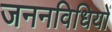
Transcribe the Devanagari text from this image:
जननविधियों